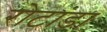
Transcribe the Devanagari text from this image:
रोटांडा